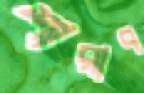
শারাব